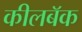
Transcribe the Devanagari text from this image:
कीलबॅक